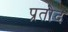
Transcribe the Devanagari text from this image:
प्रतोद